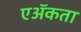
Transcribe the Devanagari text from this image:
एॲकता